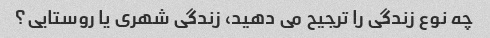
چه نوع زندگی را ترجیح می دهید، زندگی شهری یا روستایی؟